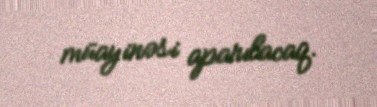
müayinəsi aparılacaq.